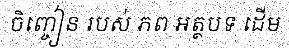
ចិញ្ចៀន របស់ ភព អត្ថបទ ដើម